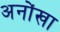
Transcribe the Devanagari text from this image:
अनोंखा